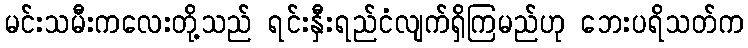
မင်းသမီးကလေးတို့သည် ရင်းနှီးရည်ငံလျက်ရှိကြမည်ဟု ဘေးပရိသတ်က